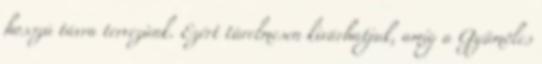
hosszú távra tervezünk. Ezért türelmesen kivárhatjuk, amíg a Gyümölcs